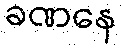
ခဏနေ